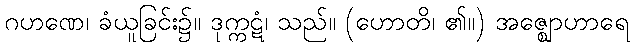
ဂဟဏေ၊ ခံယူခြင်း၌။ ဒုက္ကဋံ၊ သည်။ (ဟောတိ၊ ၏။) အဇ္ဈောဟာရေ